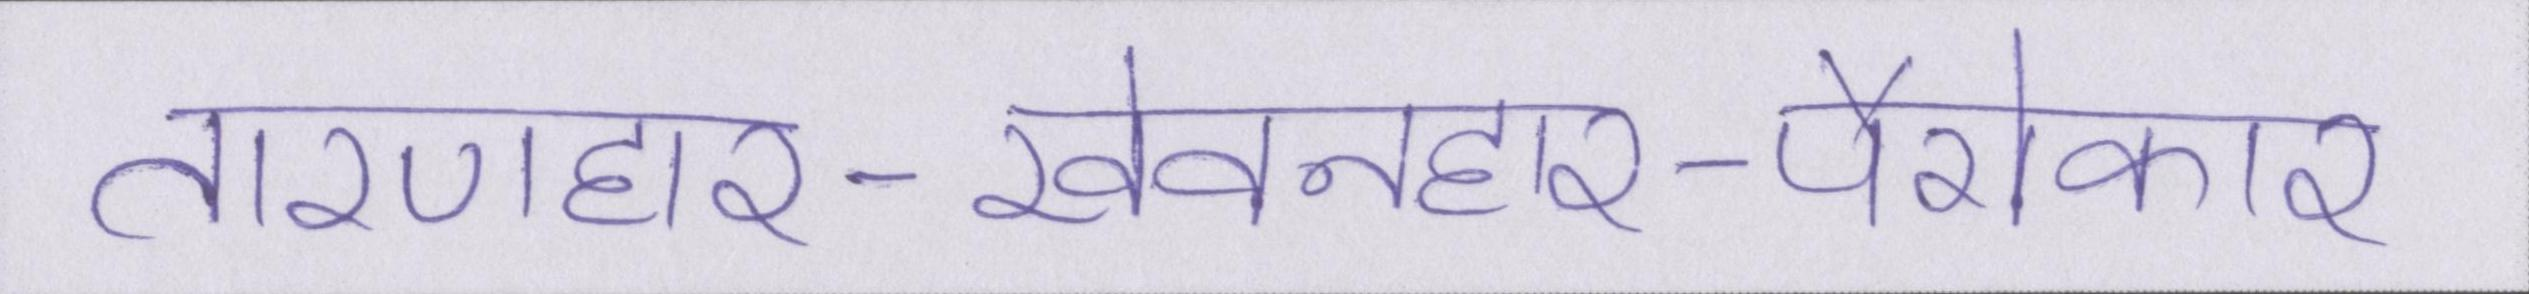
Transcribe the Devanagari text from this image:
तारणहार-खेवनहार-पैरोकार